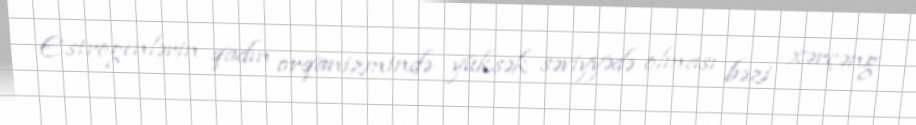
Estrogenlərin qadın orqanizmində yüksək səviyyədə olması bəzi xərçəng